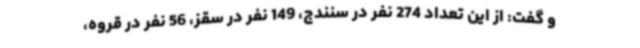
و گفت: از این تعداد 274 نفر در سنندج، 149 نفر در سقز، 56 نفر در قروه،